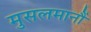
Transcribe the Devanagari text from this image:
मुसलमानौं